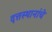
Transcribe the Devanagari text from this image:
दत्तस्थानांचे